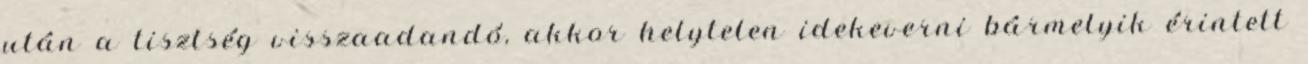
után a tisztség visszaadandó, akkor helytelen idekeverni bármelyik érintett